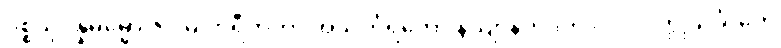
ပစ္စယုပ္ပန္နဓမ္မော ဇဂ္ဂါမိ ဟရီတကာ အသင်္ကရတော နိယျာနိကဒုကံ ဝိဝါဒဝတ္ထုသင်္ခါတေ